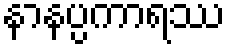
နာနပ္ပကာရဿ